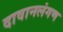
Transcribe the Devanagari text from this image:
दावानलंगण